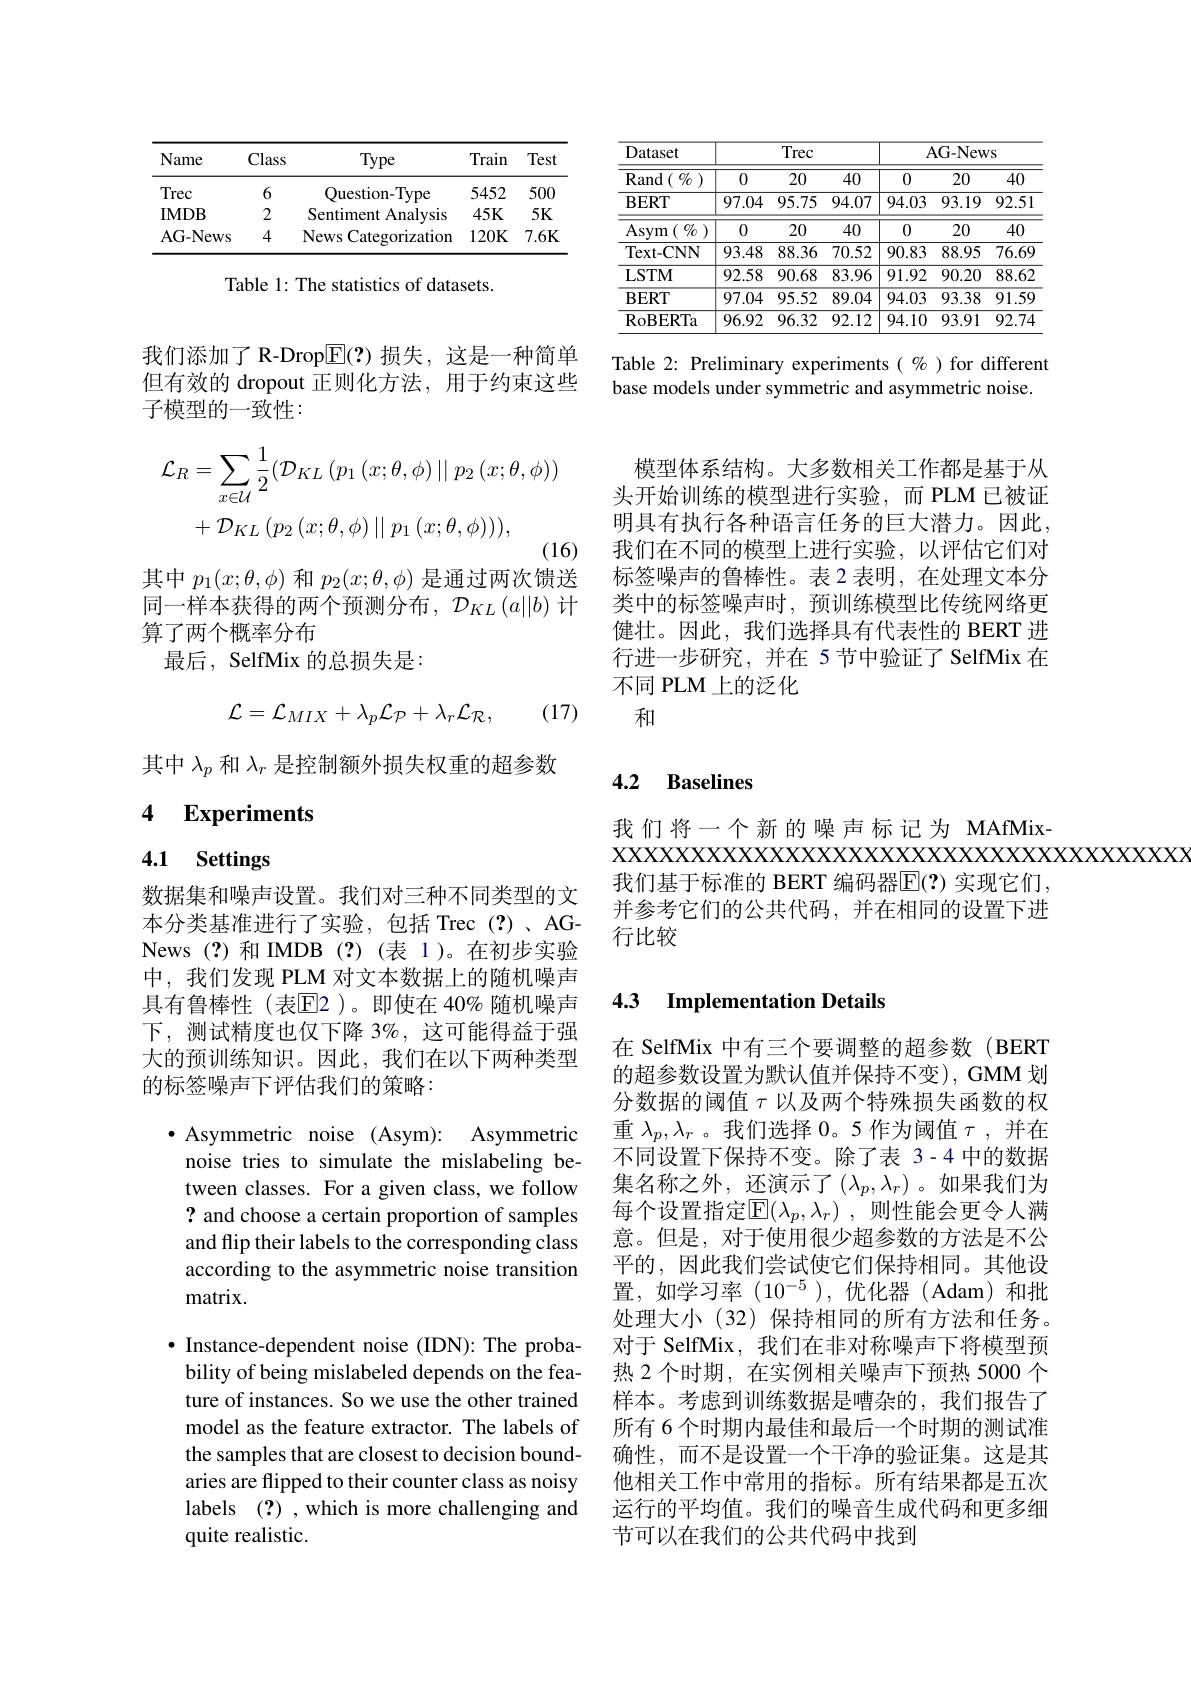
<table>
	<tbody>
		<tr>
			<th rowspan="2">Dataset $\operatorname{Rand}(\begin{array}{c}{{\mathit{O}}}\\{{\mathit{O}}}\end{array})$</th>
			<th colspan="3">Trec</th>
			<th colspan="3">AG- News</th>
		</tr>
		<tr>
			<th>0</th>
			<th>20</th>
			<th>40</th>
			<th>0</th>
			<th>20</th>
			<th>40</th>
		</tr>
		<tr>
			<td>$\mathbf{BERT}$</td>
			<td>97.04</td>
			<td>95.75</td>
			<td>94.07</td>
			<td>94.03</td>
			<td>93.19</td>
			<td>92.51</td>
		</tr>
		<tr>
			<td>Asym $\%$ -</td>
			<td>0</td>
			<td>20</td>
			<td>40</td>
			<td>0</td>
			<td>20</td>
			<td>40</td>
		</tr>
		<tr>
			<td>Text- CNN</td>
			<td>93.48</td>
			<td>88.36</td>
			<td>70.52</td>
			<td>90.83</td>
			<td>88.95</td>
			<td>76.69</td>
		</tr>
		<tr>
			<td>LSTM</td>
			<td>92.58</td>
			<td>90.68</td>
			<td>83.96</td>
			<td>91.92</td>
			<td>90.20</td>
			<td>88.62</td>
		</tr>
		<tr>
			<td>$\mathbf{BERT}$</td>
			<td>97.04</td>
			<td>95.52</td>
			<td>89.04</td>
			<td>94.03</td>
			<td>93.38</td>
			<td>91.59</td>
		</tr>
		<tr>
			<td>RoBERTa</td>
			<td>96.92</td>
			<td>96.32</td>
			<td>92.12</td>
			<td>94.10</td>
			<td>93.91</td>
			<td>92.74</td>
		</tr>
	</tbody>
</table>

Table 2: Preliminary experiments $(\%)$ for different
base models under symmetric and asymmetric noise.

模型体系结构。大多数相关工作都是基于从头开始训练的模型进行实验，而 PLM 已被证明具有执行各种语言任务的巨大潜力。因此， 我们在不同的模型上进行实验，以评估它们对标签噪声的鲁棒性。表 2 表明，在处理文本分类中的标签噪声时，预训练模型比传统网络更健壮。因此，我们选择具有代表性的 BERT 进行进一步研究，并在 5 节中验证了 SelfMix 在不同 PLM 上的泛化
和

<table>
	<tbody>
		<tr>
			<th>Name</th>
			<th>Class</th>
			<th>Type</th>
			<th>Train</th>
			<th>Test</th>
		</tr>
		<tr>
			<td>Trec</td>
			<td>6</td>
			<td>Question-Type</td>
			<td>5452</td>
			<td>500</td>
		</tr>
		<tr>
			<td>IMDB</td>
			<td>2</td>
			<td>Sentiment Analysis</td>
			<td>$45K$</td>
			<td>$5K$</td>
		</tr>
		<tr>
			<td>AG- News</td>
			<td>4</td>
			<td>News Categorization</td>
			<td>$120K$</td>
			<td>$7.6K$</td>
		</tr>
	</tbody>
</table>

Table 1: The statistics of datasets.

我们添加了 R-Drop$\boxed{\mathrm{F}}(?)$损失，这是一种简单但有效的 dropout 正则化方法，用于约束这些子模型的一致性：
$$\begin{aligned}\mathcal{L}_{R}&=\sum_{x\in\mathcal{U}}\frac{1}{2}(\mathcal{D}_{KL}\left(p_{1}\left(x;\theta,\phi\right)\mid\mid p_{2}\left(x;\theta,\phi\right)\right)\\&+\mathcal{D}_{KL}\left(p_{2}\left(x;\theta,\phi\right)\mid\mid p_{1}\left(x;\theta,\phi\right)\right)),\end{aligned}$$
其中$p_1(x;\theta,\phi)$和$p_2(x;\theta,\phi)$是通过两次馈送同一样本获得的两个预测分布，$\mathcal{D}_KL\left(a||b\right)$计算了两个概率分布
最后，SelfMix 的总损失是：
$$\mathcal{L}=\mathcal{L}_{MIX}+\lambda_{p}\mathcal{L}_{\mathcal{P}}+\lambda_{r}\mathcal{L}_{\mathcal{R}},$$
(17)

其中$\lambda_p$和$\lambda_r$是控制额外损失权重的超参数

# 4 Experiments

# 4.1 Settings

数据集和噪声设置。我们对三种不同类型的文本分类基准进行了实验，包括 Trec(?)、AGNews(?)和 IMDB(?)(表 1)。在初步实验中，我们发现 PLM 对文本数据上的随机噪声具有鲁棒性(表$\mathbb{E}$2)。即使在 40% 随机噪声下，测试精度也仅下降 3%,这可能得益于强大的预训练知识。因此，我们在以下两种类型的标签噪声下评估我们的策略：

$\bullet$ Asymmetric noise (Asym): Asymmetric noise tries to simulate the mislabeling between classes. For a given class, we follow ? and choose a certain proportion of samples and flip their labels to the corresponding class according to the asymmetric noise transition matrix.
$\bullet$ Instance-dependent noise (IDN): The probability of being mislabeled depends on the feature of instances. So we use the other trained model as the feature extractor. The labels of the samples that are closest to decision boundaries are flipped to their counter class as noisy labels (?) , which is more challenging and quite realistic.

# 4.2 Baselines

我们将一个新的噪声标记为 MAfMix-
我们基于标准的 BERT 编码器$\mathbb{E}(?)$ 实现它们， 并参考它们的公共代码，并在相同的设置下进行比较

### 4.3 Implementation Details

在 SelfMix 中有三个要调整的超参数(BERT 的超参数设置为默认值并保持不变), GMM 划分数据的阈值$\tau$以及两个特殊损失函数的权重$\lambda_p,\lambda_r$ 。我们选择 0。5 作为阈值$\tau$,并在不同设置下保持不变。除了表 3-4 中的数据集名称之外，还演示了$(\lambda_p,\lambda_r)$。如果我们为每个设置指定$\overline {\mathbb{E} }( \lambda _p, \lambda _r)$ ,则性能会更令人满意。但是，对于使用很少超参数的方法是不公平的，因此我们尝试使它们保持相同。其他设$置，如学习率(10^{-5}),优化器(Adam)和批$ 处理大小(32)保持相同的所有方法和任务。对于 SelfMix, 我们在非对称噪声下将模型预热 2 个时期，在实例相关噪声下预热 5000 个样本。考虑到训练数据是嘈杂的，我们报告了所有 6 个时期内最佳和最后一个时期的测试准确性，而不是设置一个干净的验证集。这是其他相关工作中常用的指标。所有结果都是五次运行的平均值。我们的噪音生成代码和更多细节可以在我们的公共代码中找到